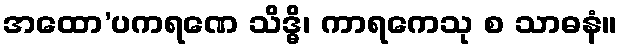
အထော’ပကရဏေ သိဒ္ဓိ၊ ကာရကေသု စ သာဓနံ။